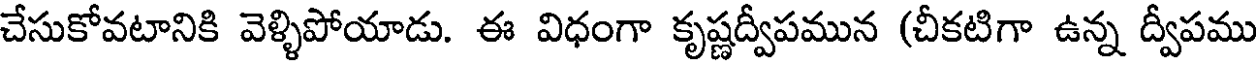
చేసుకోవటానికి వెళ్ళిపోయాడు. ఈ విధంగా కృష్ణద్విపమున (చీకటిగా ఉన్న ద్వీపము